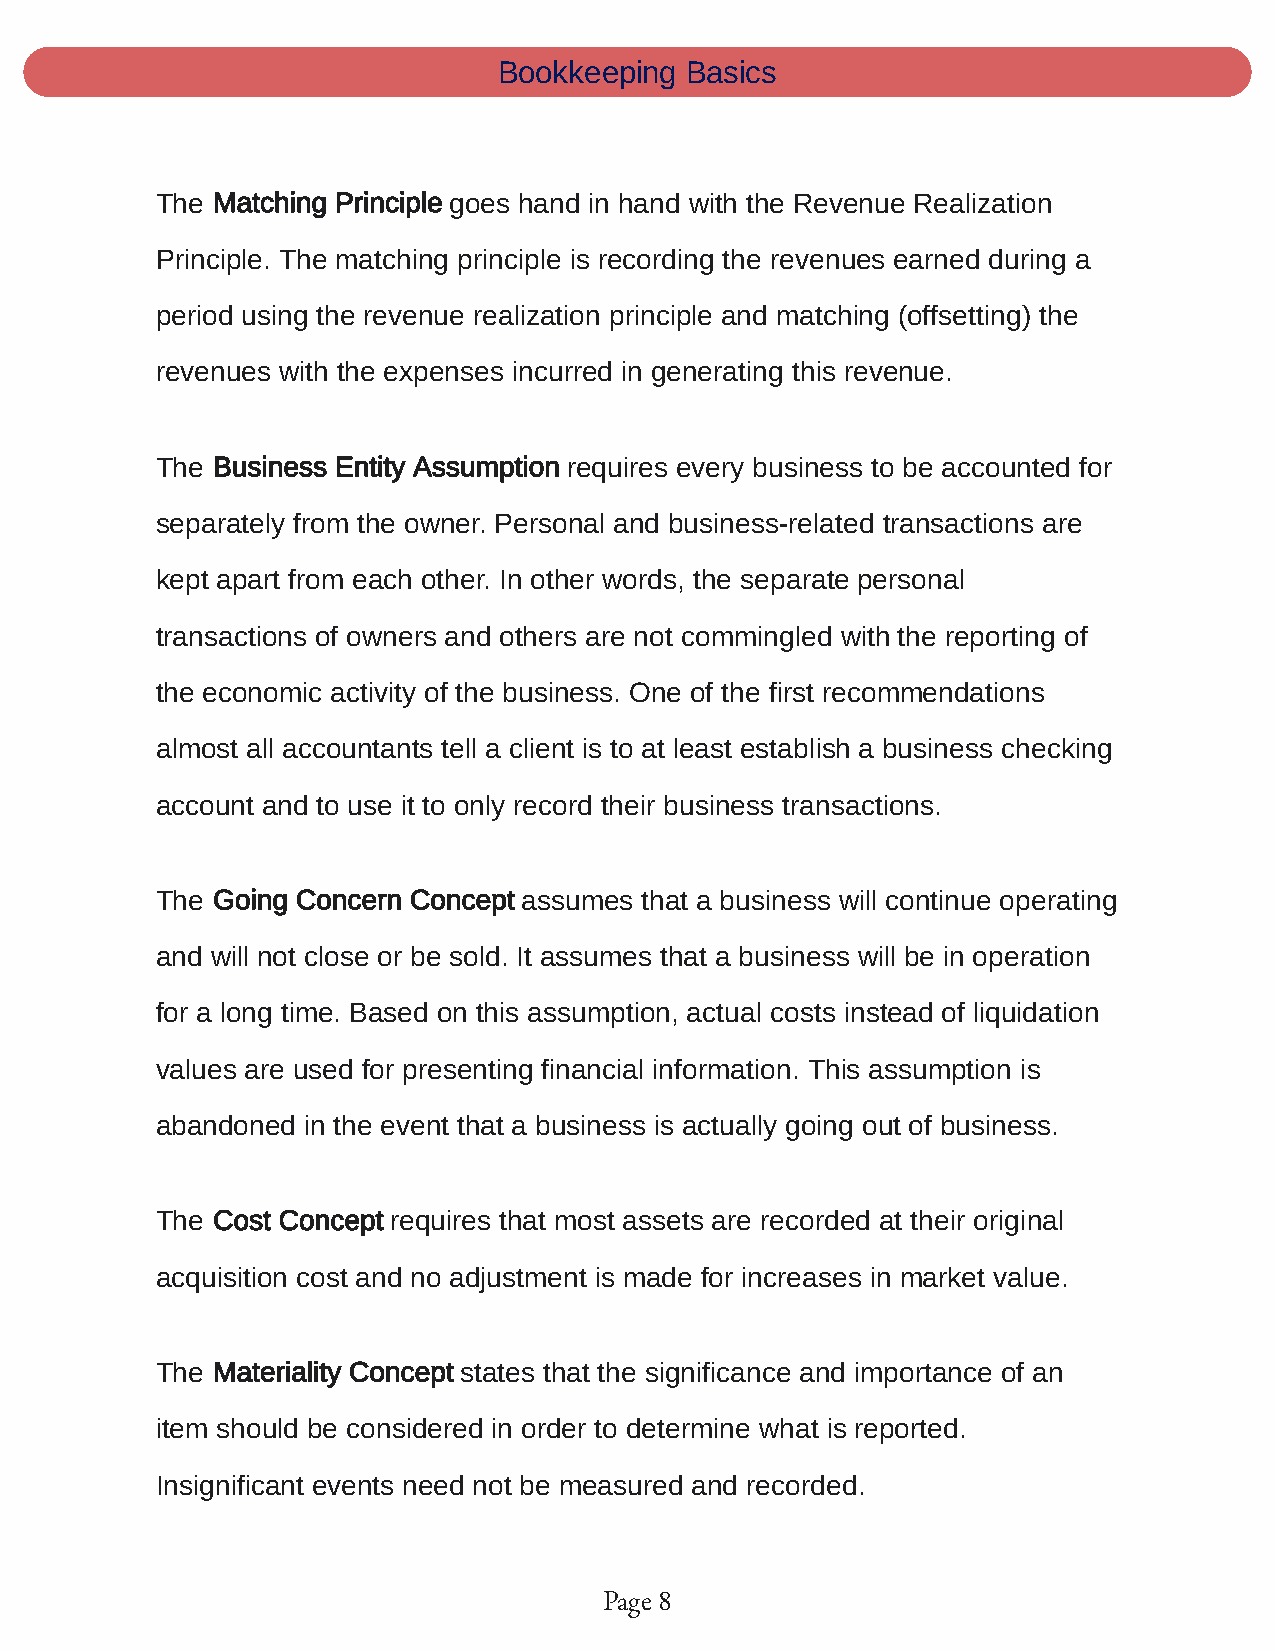
Bookkeeping Basics
 The Matching Principle goes hand in hand with the Revenue Realization
 Principle. The matching principle is recording the revenues earned during a
 period using the revenue realization principle and matching (offsetting) the
 revenues with the expenses incurred in generating this revenue.
 The Business Entity Assumption requires every business to be accounted for
 separately from the owner. Personal and business-related transactions are
 kept apart from each other. In other words, the separate personal
 transactions of owners and others are not commingled with the reporting of
 the economic activity of the business. One of the first recommendations
 almost all accountants tell a client is to at least establish a business checking
 account and to use it to only record their business transactions.
 The Going Concern Concept assumes that a business will continue operating
 and will not close or be sold. It assumes that a business will be in operation
 for a long time. Based on this assumption, actual costs instead of liquidation
 values are used for presenting financial information. This assumption is
 abandoned in the event that a business is actually going out of business.
 The Cost Concept requires that most assets are recorded at their original
 acquisition cost and no adjustment is made for increases in market value.
 The Materiality Concept states that the significance and importance of an
 item should be considered in order to determine what is reported.
 Insignificant events need not be measured and recorded.
 Page 8